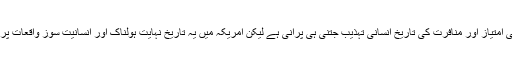
دنیا میں نسلی امتیاز اور منافرت کی تاریخ انسانی تہذیب جتنی ہی پرانی ہے لیکن امریکہ میں یہ تاریخ نہایت ہولناک اور انسانیت سوز واقعات پر مشتمل ہے۔